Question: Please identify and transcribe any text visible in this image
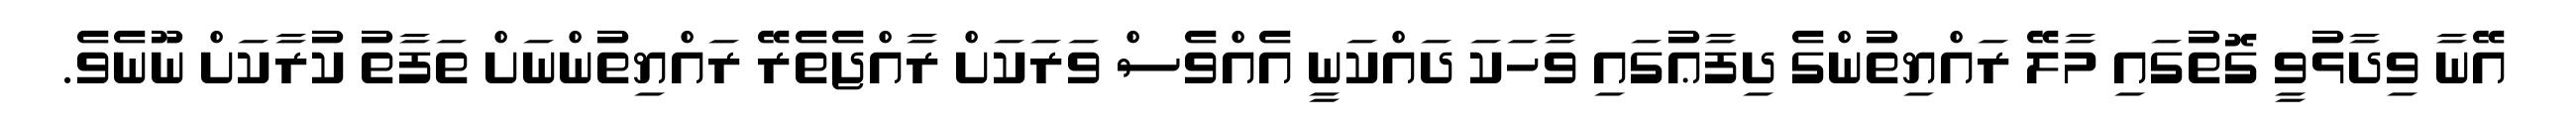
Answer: އޭނާ ވިދާޅުވީ ގޮތުގައި މާލޭ ރައްޔިތުންގެ ދިފާޢުގައި ވާހަކަ ދައްކަނީ އެއްވެސް ވަރަކަށް ރާއްޖެތެރޭ ރައްޔިތުންނަށް ތަފާތު ކުރާކަށް ނޫނެވެ.